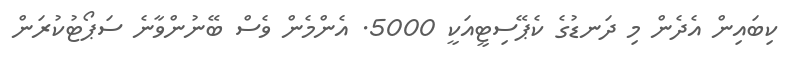
ކިބައިން އެދެން މި ދަނޑުގެ ކެޕޭސިޓީއަކީ 5000. އެންމެން ވެސް ބޭނުންވާނެ ސަޕޯޓުކުރަން